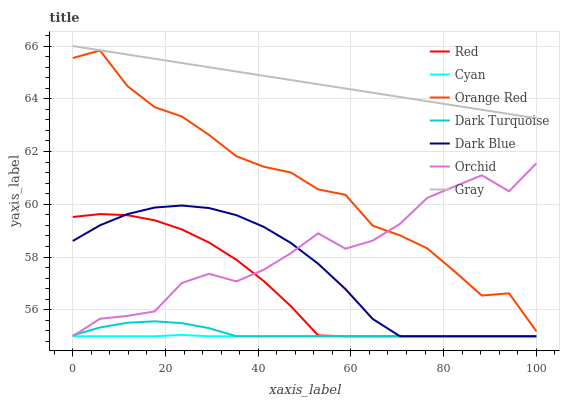
| xaxis_label | Red | Cyan | Orange Red | Dark Turquoise | Dark Blue | Orchid | Gray |
 | --- | --- | --- | --- | --- | --- | --- | --- |
 | 0 | 59.5 | 55 | 65.5 | 55 | 58.6 | 55 | 66 |
 | 5.88 | 59.6 | 55 | 65.8 | 55.3 | 59.2 | 55.7 | 65.8 |
 | 11.8 | 59.6 | 55 | 64.5 | 55.5 | 59.6 | 55.8 | 65.7 |
 | 17.6 | 59.4 | 55 | 63.7 | 55.6 | 59.9 | 55.9 | 65.5 |
 | 23.5 | 59 | 55.1 | 63.3 | 55.5 | 60 | 57 | 65.4 |
 | 29.4 | 58.6 | 55 | 62.6 | 55.3 | 59.9 | 57.4 | 65.2 |
 | 35.3 | 57.9 | 55 | 61.8 | 55 | 59.6 | 57.1 | 65 |
 | 41.2 | 57.1 | 55 | 61.4 | 55 | 59.1 | 57.5 | 64.9 |
 | 47.1 | 56.1 | 55 | 61.2 | 55 | 58.5 | 58.2 | 64.7 |
 | 52.9 | 55 | 55 | 60.6 | 55 | 57.7 | 58.9 | 64.6 |
 | 58.8 | 55 | 55 | 60.4 | 55 | 56.8 | 58.3 | 64.4 |
 | 64.7 | 55 | 55 | 59.2 | 55 | 55.7 | 58.6 | 64.2 |
 | 70.6 | 55 | 55 | 58.8 | 55 | 55 | 59.3 | 64.1 |
 | 76.5 | 55 | 55 | 58.3 | 55 | 55 | 60.2 | 63.9 |
 | 82.4 | 55 | 55 | 57.5 | 55 | 55 | 60.7 | 63.7 |
 | 88.2 | 55 | 55 | 56.5 | 55 | 55 | 61.1 | 63.6 |
 | 94.1 | 55 | 55 | 56.6 | 55 | 55 | 60.5 | 63.4 |
 | 100 | 55 | 55 | 55.2 | 55 | 55 | 61.6 | 63.3 |